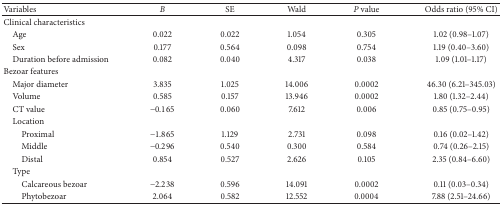
| Variables | B | SE | Wald | P value | Odds ratio (95% CI) |
 | --- | --- | --- | --- | --- | --- |
 | Clinical characteristics |  |  |  |  |  |
 | Age | 0.022 | 0.022 | 1.054 | 0.305 | 1.02 (0.98–1.07) |
 | Sex | 0.177 | 0.564 | 0.098 | 0.754 | 1.19 (0.40–3.60) |
 | Duration before admission | 0.082 | 0.040 | 4.317 | 0.038 | 1.09 (1.01–1.17) |
 | Bezoar features |  |  |  |  |  |
 | Major diameter | 3.835 | 1.025 | 14.006 | 0.0002 | 46.30 (6.21–345.03) |
 | Volume | 0.585 | 0.157 | 13.946 | 0.0002 | 1.80 (1.32–2.44) |
 | CT value | −0.165 | 0.060 | 7.612 | 0.006 | 0.85 (0.75–0.95) |
 | Location |  |  |  |  |  |
 | Proximal | −1.865 | 1.129 | 2.731 | 0.098 | 0.16 (0.02–1.42) |
 | Middle | −0.296 | 0.540 | 0.300 | 0.584 | 0.74 (0.26–2.15) |
 | Distal | 0.854 | 0.527 | 2.626 | 0.105 | 2.35 (0.84–6.60) |
 | Type |  |  |  |  |  |
 | Calcareous bezoar | −2.238 | 0.596 | 14.091 | 0.0002 | 0.11 (0.03–0.34) |
 | Phytobezoar | 2.064 | 0.582 | 12.552 | 0.0004 | 7.88 (2.51–24.66) |